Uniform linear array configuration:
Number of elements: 24
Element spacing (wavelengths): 0.75
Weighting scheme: blackman
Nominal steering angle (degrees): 45
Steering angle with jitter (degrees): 44.939
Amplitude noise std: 0.05
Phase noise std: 0.05

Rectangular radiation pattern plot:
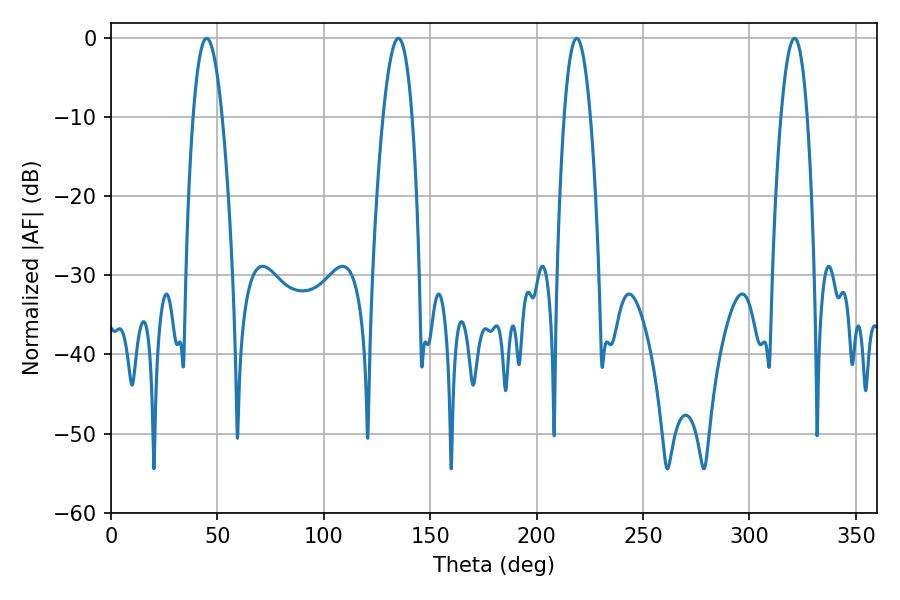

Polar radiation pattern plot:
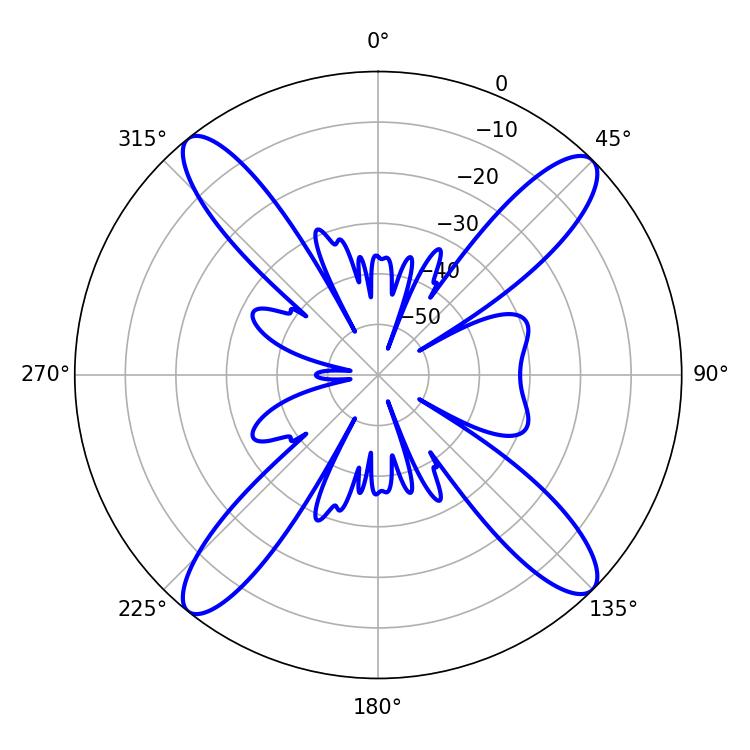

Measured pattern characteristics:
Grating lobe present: TRUE
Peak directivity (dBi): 16.988
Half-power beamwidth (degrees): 7.38
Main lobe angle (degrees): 45